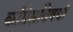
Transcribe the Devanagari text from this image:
काँग्रेसविषयी